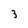
Character: 3